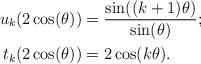
LaTeX: \begin{align*} u_k(2 \cos(\theta)) &= \frac{\sin((k+1)\theta)}{\sin(\theta)};\\ t_k(2 \cos(\theta)) &= 2 \cos(k\theta).\end{align*}